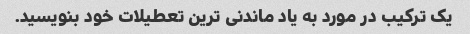
یک ترکیب در مورد به یاد ماندنی ترین تعطیلات خود بنویسید.